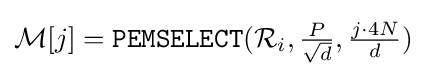
{\mathcal {M}}[j]={\texttt {PEMSELECT}}({\mathcal {R}}_{i},{\tfrac {P}{\sqrt {d}}},{\tfrac {j\cdot 4N}{d}})